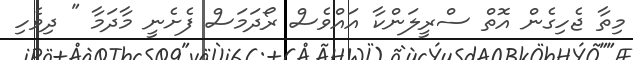
މިތާ ޖެހިގެން އޮތް ސްރީލަންކާ އައްވެސް ރޯދަމަސް ފެށެނީ މާދަމާ " ދިވެހި